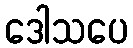
ဒေါသပေ